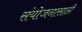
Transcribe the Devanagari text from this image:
संयोजनासाठी